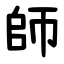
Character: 師